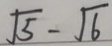
\sqrt { 5 } - \sqrt { 6 }